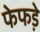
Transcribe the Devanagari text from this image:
फेफडे़